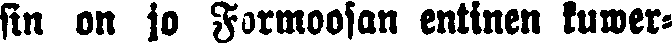
sin on jo Formoosan entinen kuwer-